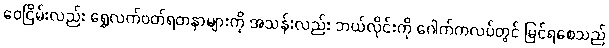
ဝေငြိမ်းလည်း ရွှေလက်ဝတ်ရတနာများကို အသန်းလည်း ဘယ်လိုင်းကို ဂေါက်ကလပ်တွင် မြင်ရစေသည်